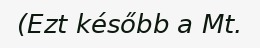
(Ezt később a Mt.